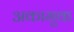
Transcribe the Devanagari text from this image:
अकामुक